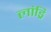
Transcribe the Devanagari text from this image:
लांड्रि